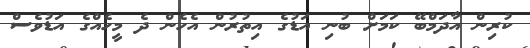
ކުރިން އާދަމްބޭ ކަމަށް ބުނި އަޑުގެ އިތުރުން އެހެން ދެ މީހެއްގެ އަޑުވެސް